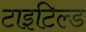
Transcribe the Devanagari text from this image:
टाइटिल्ड